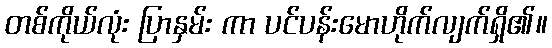
တစ်ကိုယ်လုံး ပြာနှမ်း ကာ ပင်ပန်းမောဟိုက်လျက်ရှိ၏။